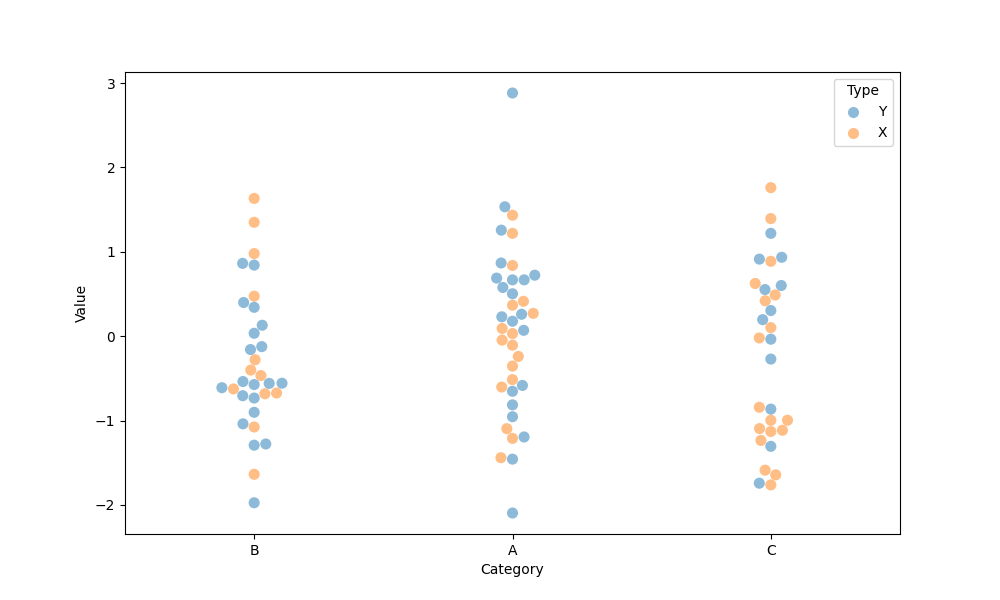
python, seaborn, swarmplot, dodge=False, alpha=0.5, size=8